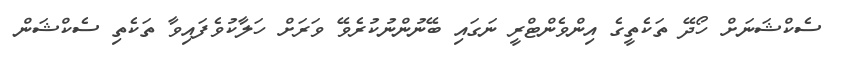
ސެކްޝަނަށް ހޯދޭ ތަކެތީގެ އިންވެންޓްރީ ނަގައި ބޭނުންނުކުރެވޭ ވަރަށް ހަލާކުވެފައިވާ ތަކެތި ސެކްޝަން